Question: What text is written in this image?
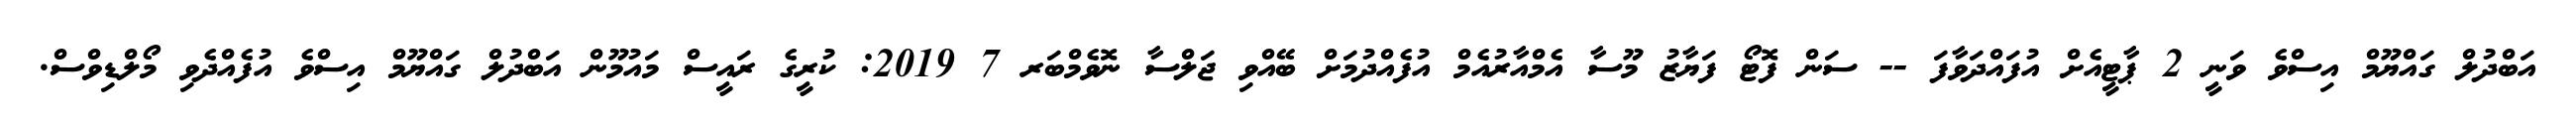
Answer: އަބްދުލް ގައްޔޫމް އިސްވެ ވަނީ 2 ޕާޓީއެށް އުފައްދަވާފަ -- ސަން ފޮޓޯ ފަޔާޒު މޫސާ އެމްއާރުއެމް އުފެއްދުމަށް ބޭއްވި ޖަލްސާ ނޮވެމްބަރ 7 2019: ކުރީގެ ރައީސް މައުމޫން އަބްދުލް ގައްޔޫމް އިސްވެ އުފެއްދެވި މޯލްޑިވްސް.